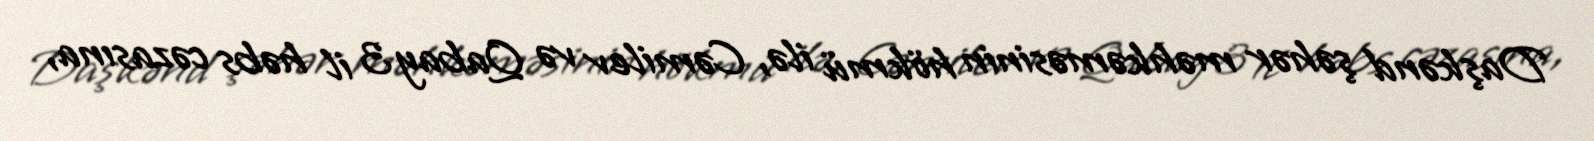
Daşkənd şəhər məhkəməsinin hökmü ilə, Cəmilev və Qabay 3 il həbs cəzasına,